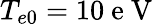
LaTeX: T_{e0}=10\mathrm{~e~V~}